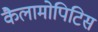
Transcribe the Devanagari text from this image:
कैलामोपिटिस